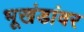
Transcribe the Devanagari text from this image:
भूखंडांवर